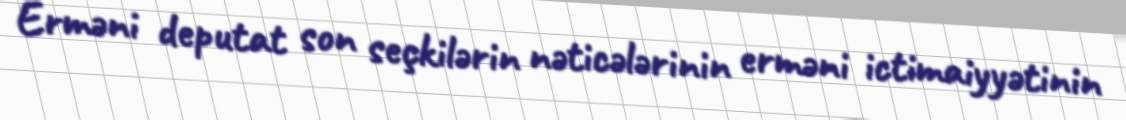
Erməni deputat son seçkilərin nəticələrinin erməni ictimaiyyətinin